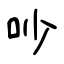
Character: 吵